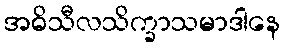
အဓိသီလသိက္ခာသမာဒါနေ